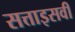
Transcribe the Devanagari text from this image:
सत्ताइसवीं